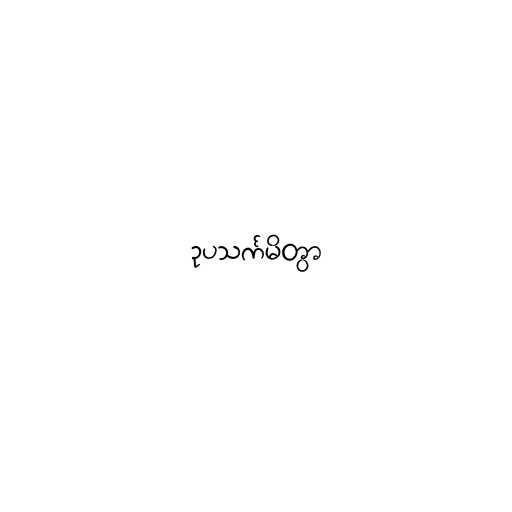
ဥပသင်္ကမိတွာ